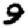
Digit: 9